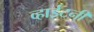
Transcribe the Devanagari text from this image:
व्हाईटनी